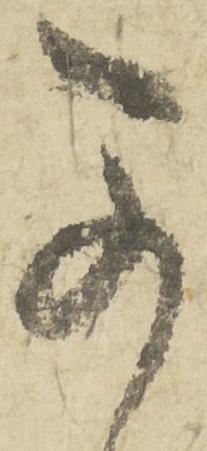
可